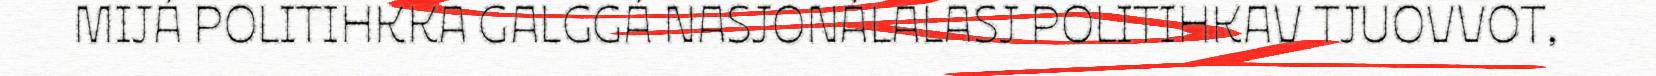
MIJÁ POLITIHKKA GALGGÁ NASJONÁLALASJ POLITIHKAV TJUOVVOT,